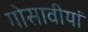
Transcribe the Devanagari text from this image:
गोसावीयां